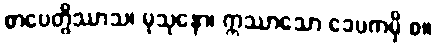
စာပေတွိဿာသ၊ မုသုနော၊ ဣဿာသော ခေပကမှိ စ။